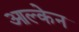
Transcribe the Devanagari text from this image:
आल्केन